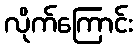
လိုက်ကြောင်း